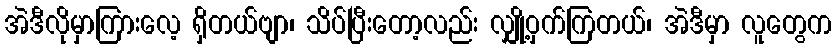
အဲဒီလိုမှာကြားလေ့ ရှိတယ်ဗျာ၊ သိပ်ပြီးတော့လည်း လျှို့ဝှက်ကြတယ်၊ အဲဒီမှာ လူတွေက